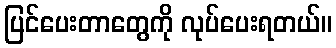
ပြင်ပေးတာတွေကို လုပ်ပေးရတယ်။